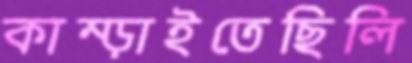
কাম্‌ড়াইতেছিলি